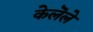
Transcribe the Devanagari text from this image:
केलॆले